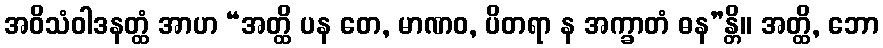
အဝိသံဝါဒနတ္ထံ အာဟ “အတ္ထိ ပန တေ, မာဏဝ, ပိတရာ န အက္ခာတံ ဓန”န္တိ။ အတ္ထိ, ဘော